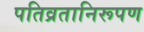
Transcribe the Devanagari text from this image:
पतिव्रतानिरूपण